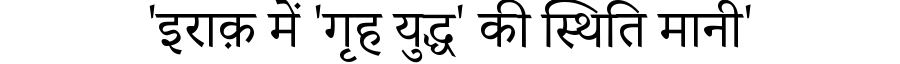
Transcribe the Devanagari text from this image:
'इराक़ में 'गृह युद्ध' की स्थिति मानी'